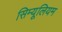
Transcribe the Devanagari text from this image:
सिम्यूलियम